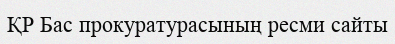
ҚР Бас прокуратурасының ресми сайты